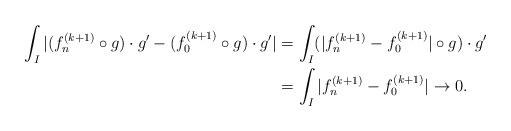
LaTeX: \begin{align*}\int_I|(f_n^{(k+1)}\circ g)\cdot g'- (f_0^{(k+1)}\circ g)\cdot g'| &= \int_I (|f_n^{(k+1)}- f_0^{(k+1)}|\circ g)\cdot g'\\&= \int_I |f_n^{(k+1)}-f_0^{(k+1)}|\rightarrow 0.\end{align*}